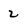
Character: 2